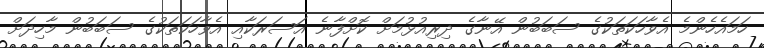
ހަމައެހެންމެ އެވާހަކަތަކުގެ ސަބަބުން އޭނާގެ ދިރިއުޅުމަށް ކޮށްފާނެ އަސަރަކާއި އެވާހަކަތަކުގެ ސަބަބުން މާހިދަށް